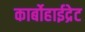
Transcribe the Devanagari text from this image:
कार्बोहाईद्रेट